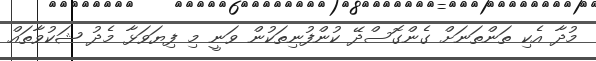
މުދާ އެކި ތަންތަނަށް ގެންގޮސްދޭ ކުންފުނިތަކުން ވަނީ މި ފިޔަވަޅާ މެދު ޝަކުވާތައް